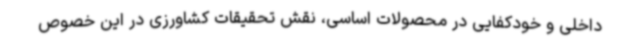
داخلی و خودکفایی در محصولات اساسی، نقش تحقیقات کشاورزی در این خصوص